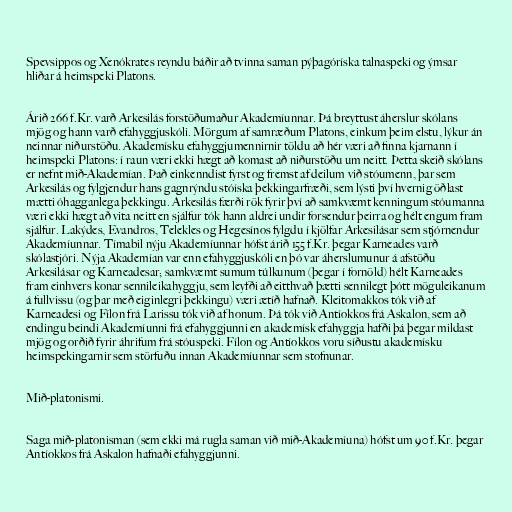
Spevsippos og Xenókrates reyndu báðir að tvinna saman pýþagóríska talnaspeki og ýmsar
hliðar á heimspeki Platons.

Árið 266 f.Kr. varð Arkesilás forstöðumaður Akademíunnar. Þá breyttust áherslur skólans
mjög og hann varð efahyggjuskóli. Mörgum af samræðum Platons, einkum þeim elstu, lýkur án
neinnar niðurstöðu. Akademísku efahyggjumennirnir töldu að hér væri að finna kjarnann í
heimspeki Platons: í raun væri ekki hægt að komast að niðurstöðu um neitt. Þetta skeið skólans
er nefnt mið-Akademían. Það einkenndist fyrst og fremst af deilum við stóumenn, þar sem
Arkesilás og fylgjendur hans gagnrýndu stóíska þekkingarfræði, sem lýsti því hvernig öðlast
mætti óhagganlega þekkingu. Arkesilás færði rök fyrir því að samkvæmt kenningum stóumanna
væri ekki hægt að vita neitt en sjálfur tók hann aldrei undir forsendur þeirra og hélt engum fram
sjálfur. Lakýdes, Evandros, Telekles og Hegesínos fylgdu í kjölfar Arkesilásar sem stjórnendur
Akademíunnar. Tímabil nýju Akademíunnar hófst árið 155 f.Kr. þegar Karneades varð
skólastjóri. Nýja Akademían var enn efahyggjuskóli en þó var áherslumunur á afstöðu
Arkesilásar og Karneadesar; samkvæmt sumum túlkunum (þegar í fornöld) hélt Karneades
fram einhvers konar sennileikahyggju, sem leyfði að eitthvað þætti sennilegt þótt möguleikanum
á fullvissu (og þar með eiginlegri þekkingu) væri ætíð hafnað. Kleitomakkos tók við af
Karneadesi og Fílon frá Larissu tók við af honum. Þá tók við Antíokkos frá Askalon, sem að
endingu beindi Akademíunni frá efahyggjunni en akademísk efahyggja hafði þá þegar mildast
mjög og orðið fyrir áhrifum frá stóuspeki. Fílon og Antíokkos voru síðustu akademísku
heimspekingarnir sem störfuðu innan Akademíunnar sem stofnunar.

Mið-platonismi.

Saga mið-platonisman (sem ekki má rugla saman við mið-Akademíuna) hófst um 90 f.Kr. þegar
Antíokkos frá Askalon hafnaði efahyggjunni.